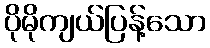
ပိုမိုကျယ်ပြန့်သော